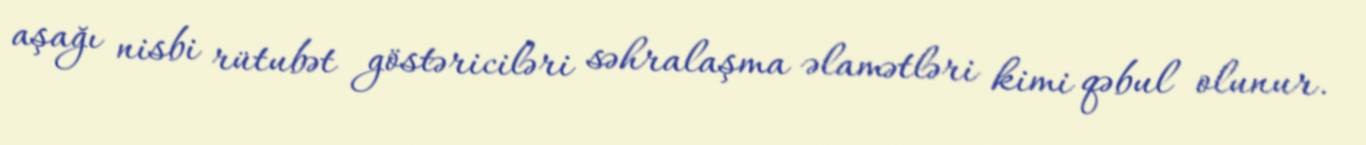
aşağı nisbi rütubət göstəriciləri səhralaşma əlamətləri kimi qəbul olunur.